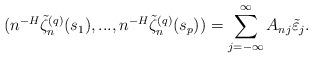
LaTeX: \begin{align*}(n^{-H}\tilde{\zeta}_{n}^{(q)}(s_{1}),...,n^{-H}\tilde{\zeta}_{n}^{(q)}(s_{p}))=\sum_{j=-\infty}^{\infty} A_{nj} \tilde{\varepsilon}_{j}.\end{align*}